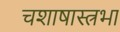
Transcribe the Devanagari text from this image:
चशाषास्त्रभा